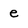
Character: e